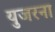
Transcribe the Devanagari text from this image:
युजरना